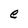
Character: e